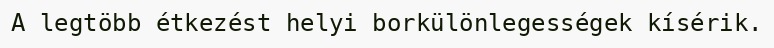
A legtöbb étkezést helyi borkülönlegességek kísérik.